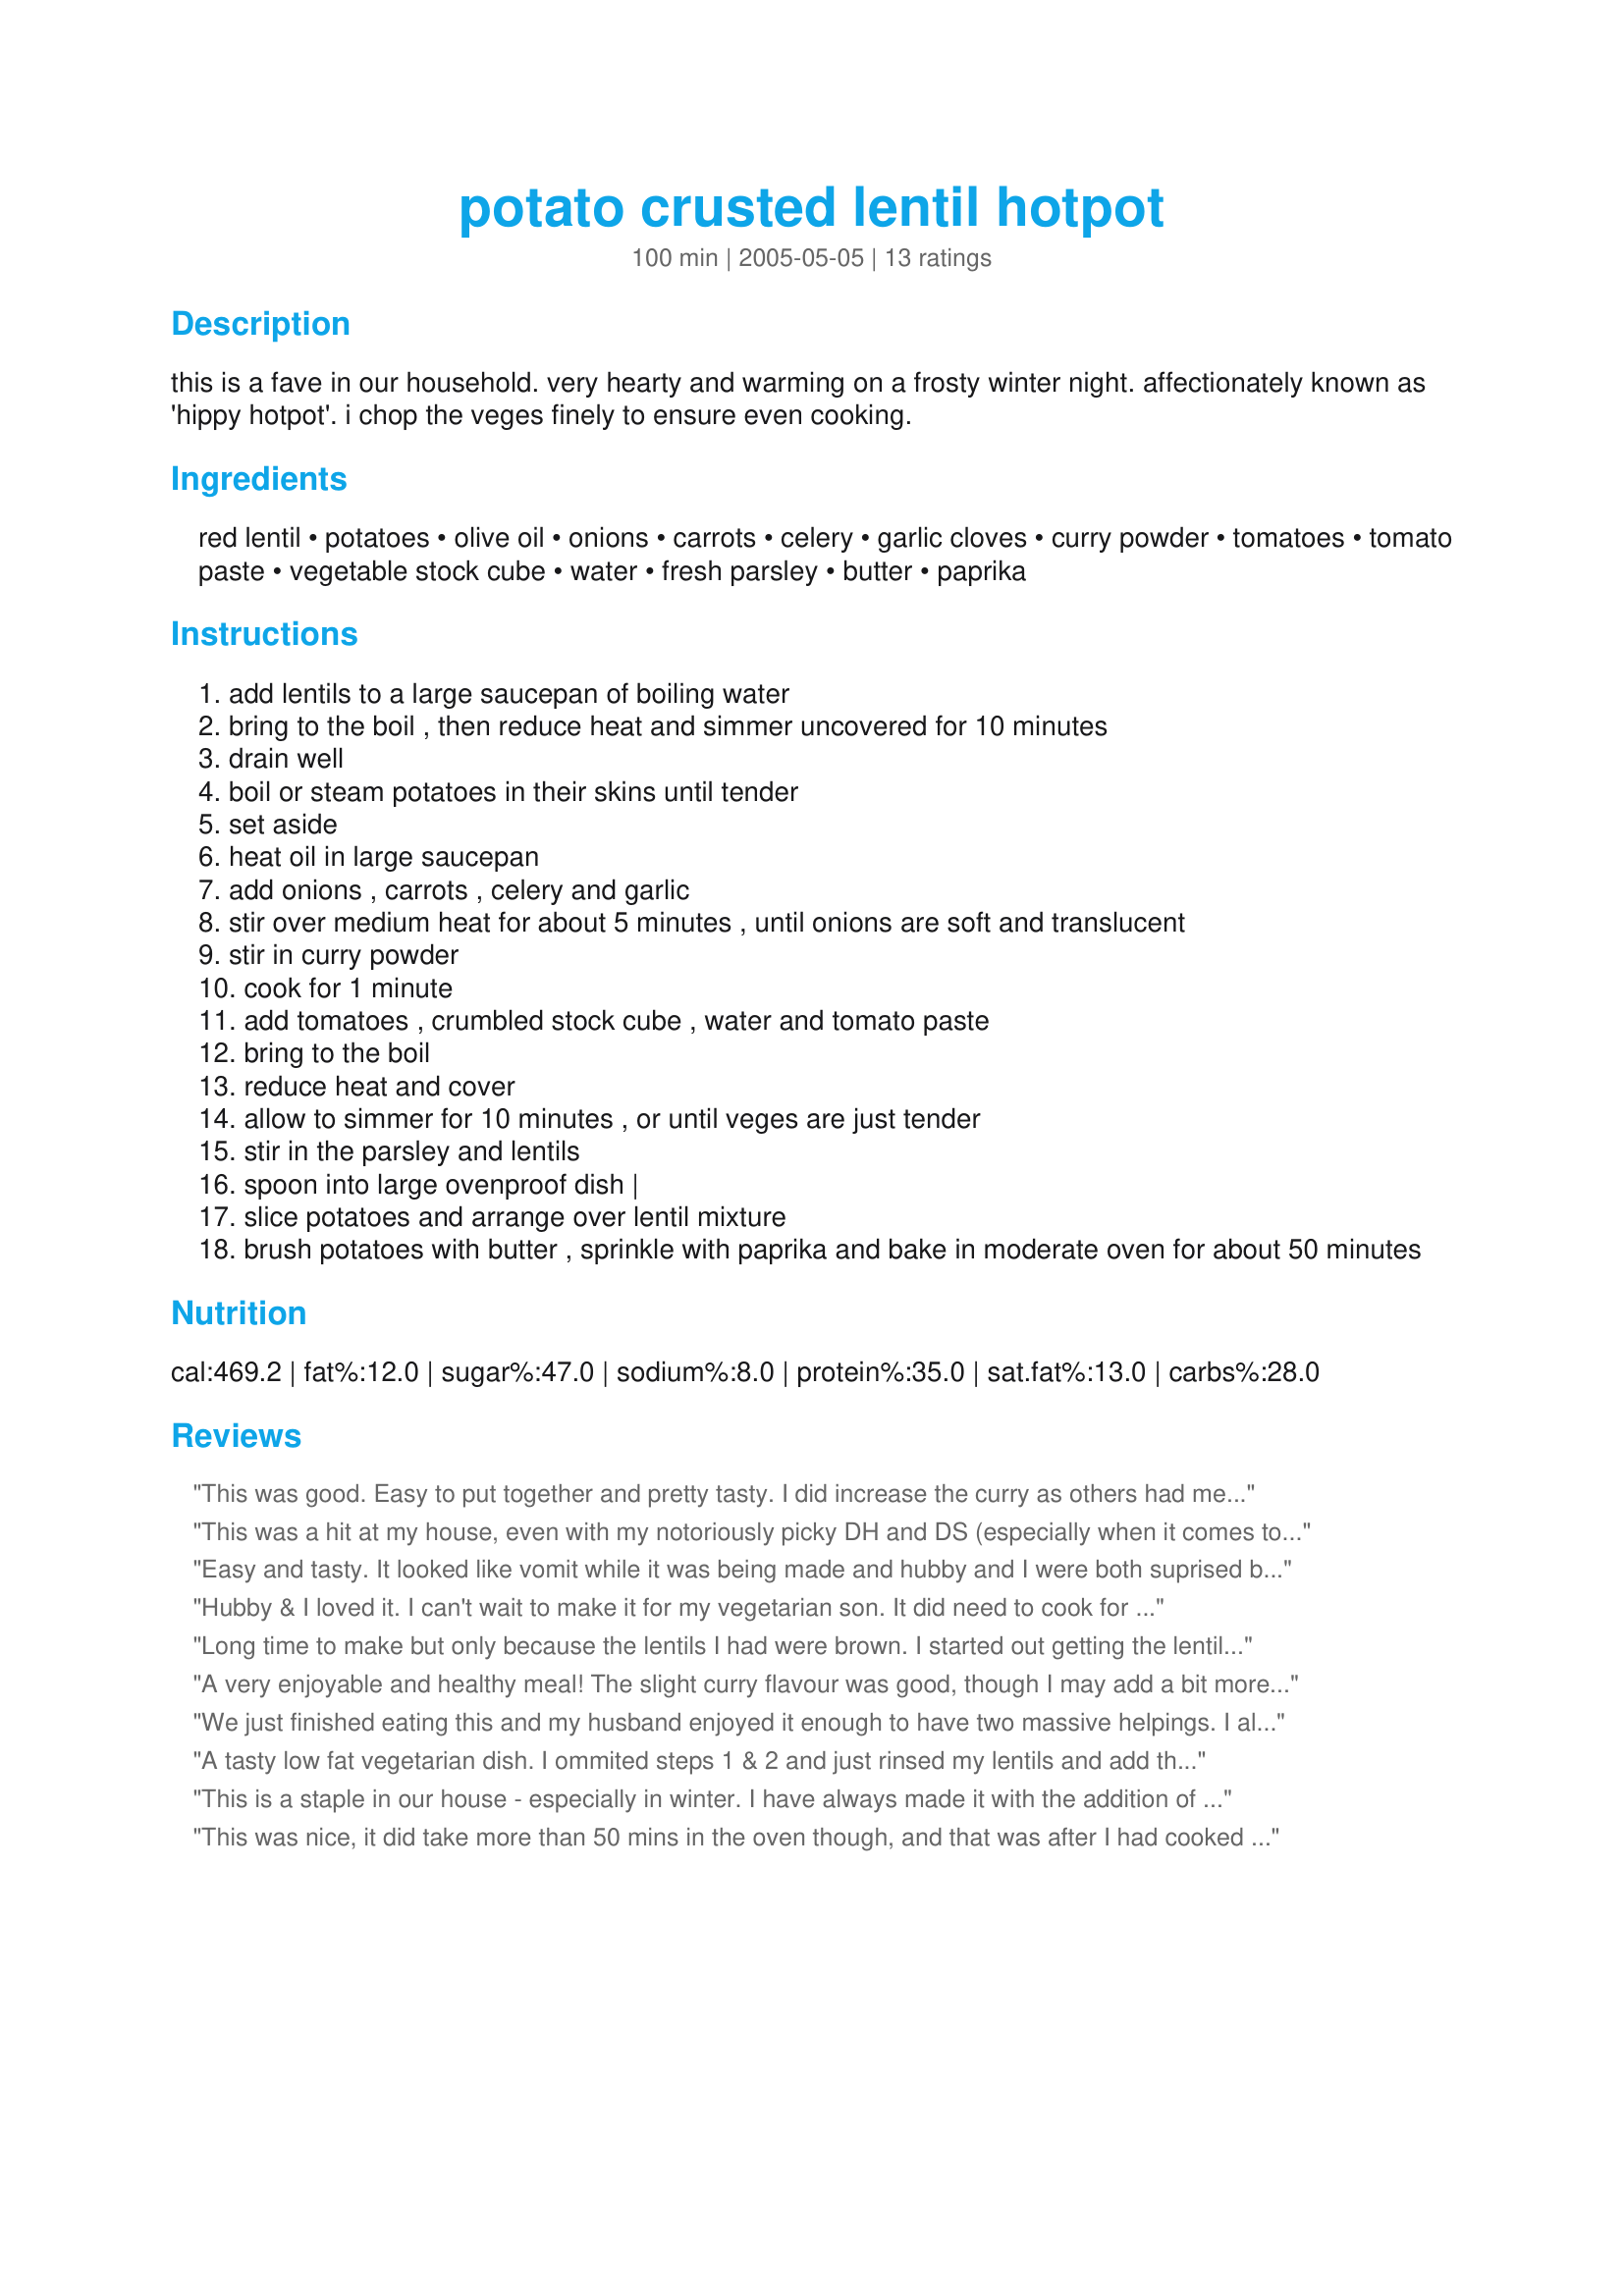
potato crusted lentil hotpot
Preparation time: 100 minutes

this is a fave in our household. very hearty and warming on a frosty winter night. affectionately known as 'hippy hotpot'. i chop the veges finely to ensure even cooking.

Ingredients:
red lentil, potatoes, olive oil, onions, carrots, celery, garlic cloves, curry powder, tomatoes, tomato paste, vegetable stock cube, water, fresh parsley, butter, paprika

Steps:
add lentils to a large saucepan of boiling water
bring to the boil , then reduce heat and simmer uncovered for 10 minutes
drain well
boil or steam potatoes in their skins until tender
set aside
heat oil in large saucepan
add onions , carrots , celery and garlic
stir over medium heat for about 5 minutes , until onions are soft and translucent
stir in curry powder
cook for 1 minute
add tomatoes , crumbled stock cube , water and tomato paste
bring to the boil
reduce heat and cover
allow to simmer for 10 minutes , or until veges are just tender
stir in the parsley and lentils
spoon into large ovenproof dish |
slice potatoes and arrange over lentil mixture
brush potatoes with butter , sprinkle with paprika and bake in moderate oven for about 50 minutes

Reviews:
This was good. Easy to put together and pretty tasty. I did increase the curry as others had mentioned, and used tinned tomatoes. I like the basics of the recipe, but for my own tastes I think I will modify the seasonings a bit.
This was a hit at my house, even with my notoriously picky DH and DS (especially when it comes to veggies). This has a really good flavor. I used a can of tomatoes, and olive oil on top of potatoes
Easy and tasty. It looked like vomit while it was being made and hubby and I were both suprised by just how yummy it was. Well worth it. I used twice the amount of curry powder (Garam Masala) and used tinned toms instead of fresh. The only thing stopping it being a five is that it wasn't really satisfying enough for a dinner - next time we will have it for lunch or serve it with some garlic bread and good quality meat sausage (obviously we aren't vegetarians).
Hubby & I loved it. I can't wait to make it for my vegetarian son. It did need to cook for more than 50 mintutes in the oven tho. Will be our new family fav!
Long time to make but only because the lentils I had were brown. I started out getting the lentils ready (per other reviewers saying it took longer)-- so I boiled them for about 20 minutes until they were tender. I cut the onions, carrots, celery and garlic and then did the tomatoes. I would wait to do the potatoes until you&#039;re absolutely ready to put them in (I did those right away and they just sat for awhile...)&lt;br/&gt;&lt;br/&gt;I had to check 190 C is 375ish F-- so I just put it to 380 and put it in for 50 minutes. It was DELICIOUS. I also doubled the curry and no one (who minds heat) said it was too hot. We also subbed part tomato (since really... it&#039;s out of season, but we had some lying around) with tomato sauce. Perfect for a cold night!
A very enjoyable and healthy meal! The slight curry flavour was good, though I may add a bit more next time. Made as directed except, like Stardustannie, I used a tin of tomatoes.
We just finished eating this and my husband enjoyed it enough to have two massive helpings. I also cut corners and did the rinsed lentils in the same pot as the veggies and that worked fine and saved me a dish. To save some fat I used a cooking spray to soften the vegetables instead of oil and again on top of the potatoes instead of butter. Like others, I used a can of tomatoes because I am lazy and it is actually cheaper. We actually thought that once everything was dished out it almost tasted a bit like a slightly spicy vegetarian 'corn beef' hash. Made for Healthy tag.
A tasty low fat vegetarian dish. 
I ommited steps 1 & 2 and just rinsed my lentils and add them with the other ingredients in step 7 and added a little more water. As tomatoes aren't great here at the moment I used a tin of tomates instead, I also didn't bother adding the stock cube. All in all a tasty dish.
This is a staple in our house - especially in winter. I have always made it with the addition of an eggplant/aubergine after the onions have browned. It is so good I can't imagine it without eggplant. I always use tinned tomatoes and way more spices than the recipe calls for as well (1 or 2 tbs!). Fantastic recipe!!!! Super easy!!
This was nice, it did take more than 50 mins in the oven though, and that was after I had cooked it for pretty long over the stove, however this is a really nice dish :)
This will be a new favorite. Like the others, I used a can of tomatoes. I also used beer instead of water. Nice flavors overall and a good hearty meal.
This was very hearty, healthy and easy to make; however I found it a little bland compared to our normal meals and it required quite a bit of seasoning to pep it up for my taste. This would be perfect for those whose taste buds have not been influenced by years of eating strongly spiced dishes! A very good recipe though and great to put in whatever veggies you want - thanks for posting!
This was good. I used 2t curry powder and still thought it was bland, so next time I will add more spices. I did like it though and will make it again! Thanks!
